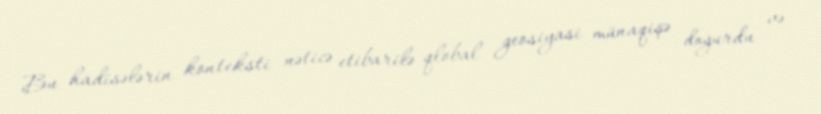
Bu hadisələrin konteksti nəticə etibarilə qlobal geosiyasi münaqişə doğurdu və